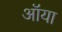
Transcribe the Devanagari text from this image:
ऑया